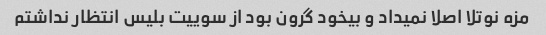
مزه نوتلا اصلا نمیداد و بیخود گرون بود از سوییت بلیس انتظار نداشتم